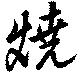
燒